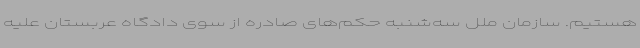
هستیم. سازمان ملل سه‌شنبه حکم‌های صادره از سوی دادگاه عربستان علیه